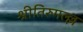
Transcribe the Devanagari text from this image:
श्रीतिरुमल्ल्ल